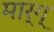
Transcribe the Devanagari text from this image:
मार्ग्